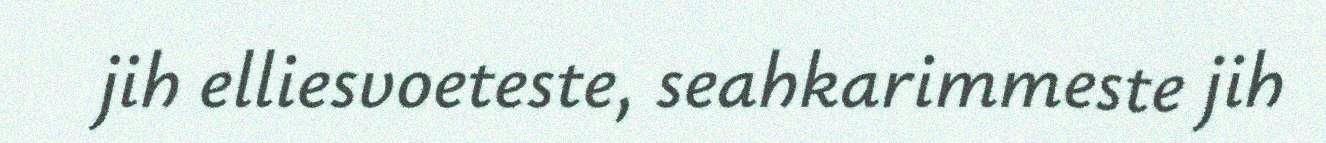
jih elliesvoeteste, seahkarimmeste jih